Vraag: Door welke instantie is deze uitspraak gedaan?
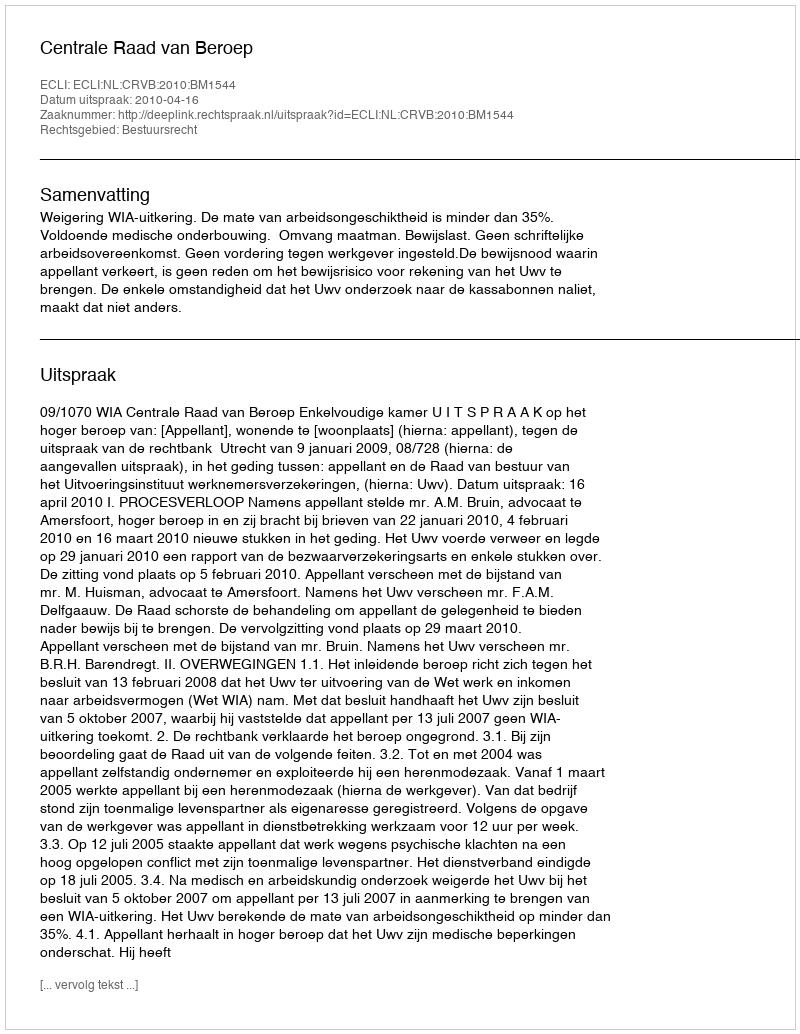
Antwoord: Centrale Raad van Beroep